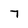
Character: 7